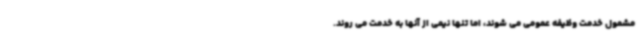
مشمول خدمت وظیفه عمومی می شوند، اما تنها نیمی از آنها به خدمت می روند.